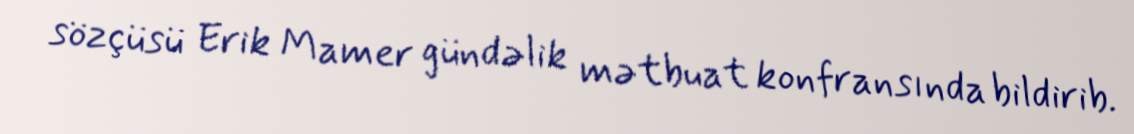
sözçüsü Erik Mamer gündəlik mətbuat konfransında bildirib.